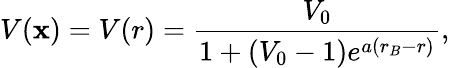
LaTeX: V(\mathbf{x})=V(r)=\frac{V_{0}}{1+(V_{0}-1)e^{a(r_{B}-r)}},